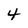
Character: 4